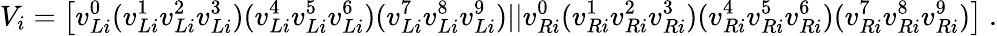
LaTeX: V_{i}=\left[v_{Li}^{0}(v_{Li}^{1}v_{Li}^{2}v_{Li}^{3})(v_{Li}^{4}v_{Li}^{5}v_{Li}^{6})(v_{Li}^{7}v_{Li}^{8}v_{Li}^{9})||v_{Ri}^{0}(v_{Ri}^{1}v_{Ri}^{2}v_{Ri}^{3})(v_{Ri}^{4}v_{Ri}^{5}v_{Ri}^{6})(v_{Ri}^{7}v_{Ri}^{8}v_{Ri}^{9})\right]~.